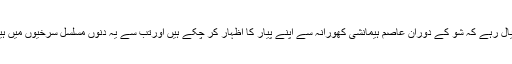
خیال رہے کہ شو کے دوران عاصم ہیمانشی کھورانہ سے اپنے پیار کا اظہار کر چکے ہیں اورتب سے یہ دنوں مسلسل سرخیوں میں ہیں۔